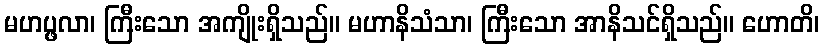
မဟပ္ဖလာ၊ ကြီးသော အကျိုးရှိသည်။ မဟာနိသံသာ၊ ကြီးသော အာနိသင်ရှိသည်။ ဟောတိ၊